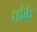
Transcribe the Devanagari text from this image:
छौके